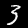
Label: 3